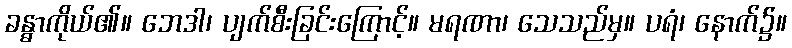
ခန္ဓာကိုယ်၏။ ဘေဒါ၊ ပျက်စီးခြင်းကြောင့်။ မရဏာ၊ သေသည်မှ။ ပရံ၊ နောက်၌။